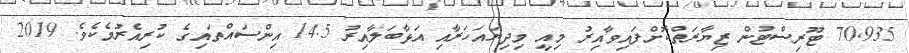
70